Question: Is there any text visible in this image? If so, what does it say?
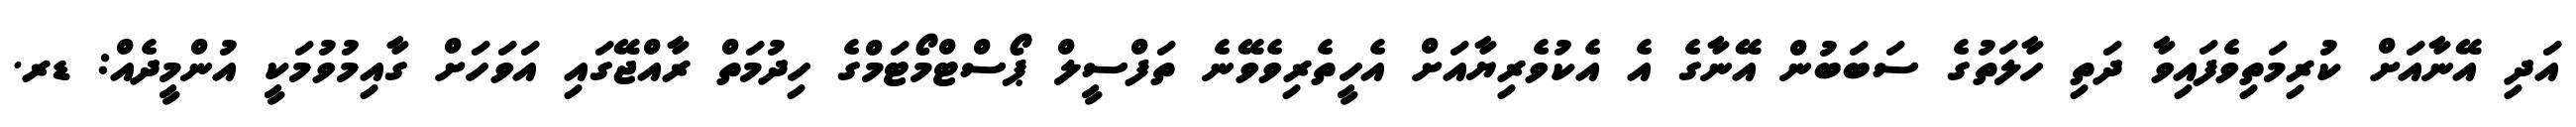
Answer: އަދި އޭނާއަށް ކުރިމަތިވެފައިވާ ދަތި ހާލަތުގެ ސަބަބުން އޭނާގެ އެ އެކުވެރިޔާއަށް އެހީތެރިވެވޭނެ ތަފްސީލް ޕޯސްޓްމޯޓަމްގެ ހިދުމަތް ރާއްޖޭގައި އަވަހަށް ގާއިމުވުމަކީ އުންމީދެއް: ޑރ.